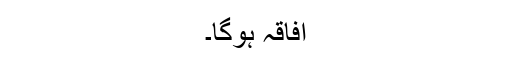
افاقہ ہوگا۔